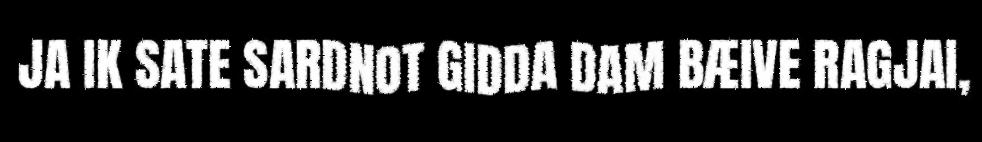
JA IK SATE SARDNOT GIDDA DAM BÆIVE RAGJAI,